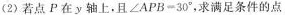
(2)若点P在y轴上，且$$∠ A P B = 3 0 °$$，求满足条件的点